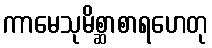
ကာမေသုမိစ္ဆာစာရဟေတု